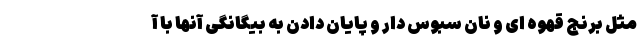
مثل برنج قهوه ای و نان سبوس دار و پایان دادن به بیگانگی آنها با آ